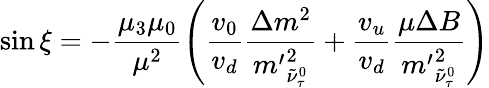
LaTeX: \sin\xi=-\frac{\mu_{3}\mu_{0}}{\mu^{2}}\left(\frac{v_{0}}{v_{d}}\frac{\Delta m^{2}}{{m^{\prime}}_{\tilde{\nu}_{\tau}^{0}}^{2}}+\frac{v_{u}}{v_{d}}\frac{\mu\Delta B}{{m^{\prime}}_{\tilde{\nu}_{\tau}^{0}}^{2}}\right)